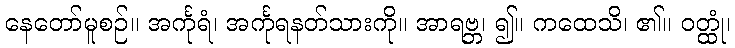
နေတော်မူစဉ်။ အင်္ကုရံ၊ အင်္ကုရနတ်သားကို။ အာရဗ္ဘ၊ ၍။ ကထေသိ၊ ၏။ ဝတ္ထုံ၊